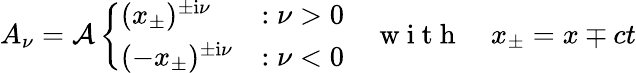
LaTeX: A_{\nu}={\cal A}\left\{ \begin{array}{ll}{(x_{\pm})^{\pm\mathrm{i}\nu}}&{:\nu>0}\\ {(-x_{\pm})^{\pm\mathrm{i}\nu}}&{:\nu<0}\end{array}\right.\quad\mathrm{~w~i~t~h~}\quad x_{\pm}=x\mp ct